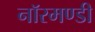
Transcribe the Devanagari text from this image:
नॉरमण्डी